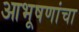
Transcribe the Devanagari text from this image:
आभूषणांचा